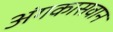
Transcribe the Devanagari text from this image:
अंगकासवान